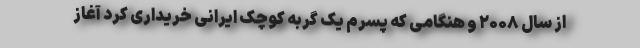
از سال ۲۰۰۸ و هنگامی که پسرم یک گربه کوچک ایرانی خریداری کرد آغاز